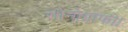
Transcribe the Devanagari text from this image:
सोनोग्राफी।